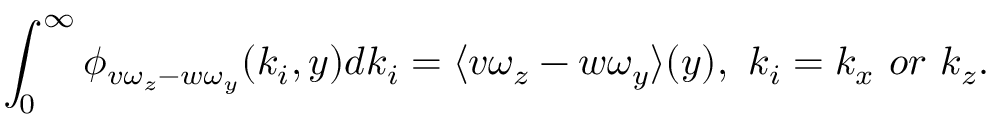
\int _ { 0 } ^ { \infty } \phi _ { v \omega _ { z } - w \omega _ { y } } ( k _ { i } , y ) d k _ { i } = \langle v \omega _ { z } - w \omega _ { y } \rangle ( y ) , \ k _ { i } = k _ { x } \ o r \ k _ { z } .